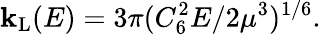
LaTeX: \mathbf{k}_{\mathrm{{L}}}(E)=3\pi(C_{6}^{2}E/2\mu^{3})^{1/6}.